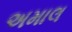
અમાલ